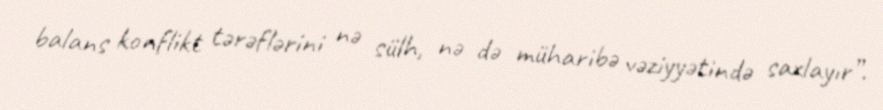
balans konflikt tərəflərini nə sülh, nə də müharibə vəziyyətində saxlayır”.